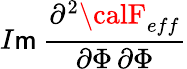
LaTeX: I\mathsf{m}\: \frac{{\partial^{2}{\calF}_{eff}}}{{\partial\Phi\, \partial\Phi}}